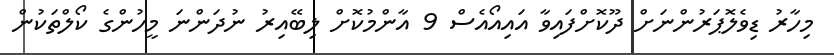
މިހާރު ޑިވެލޮޕަރުންނަށް ދޫކޮށްފައިވާ އައިއޯއެސް 9 އާންމުކޮށް ލިބޭއިރު ނުދަންނަ މީހުންގެ ކޯލްތަކުން